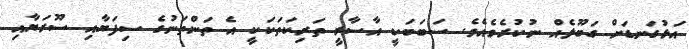
އަޅުގަނޑަށް ގަބޫލެއް ނުކުރެވެއެވެ. ސަބަބަކީ އާސާރީ ތަރިކަތަކަކީ އެ ތަންތަނުގެ ސިފަޔާއި ސޫރަޔާއި